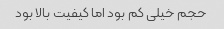
حجم خیلی کم بود اما کیفیت بالا بود